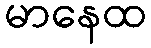
မာနေထ